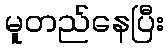
မူတည်နေပြီး